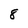
Character: 8